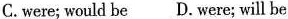
C.were ; would be D. were ; will be